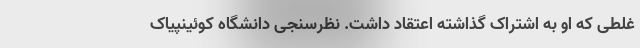
غلطی که او به اشتراک گذاشته اعتقاد داشت. نظرسنجی دانشگاه کوئینپیاک